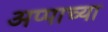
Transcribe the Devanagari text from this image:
अप्पाच्या